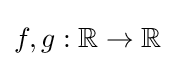
f,g:\mathbb {R} \to \mathbb {R}